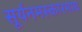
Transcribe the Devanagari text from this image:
सूर्यनमस्कारमाघ